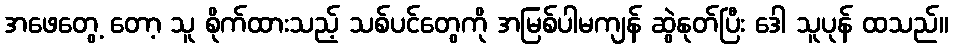
အဖေတွေ့ တော့ သူ စိုက်ထားသည့် သစ်ပင်တွေကို အမြစ်ပါမကျန် ဆွဲနုတ်ပြီး ဒေါ သူပုန် ထသည်။